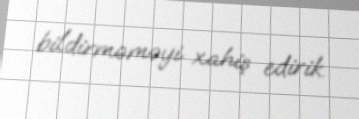
bildirməməyi xahiş edirik.